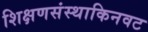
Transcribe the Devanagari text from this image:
शिक्षणसंस्थाकिनवट